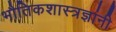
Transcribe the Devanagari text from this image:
भौतिकशास्त्रज्ञांनी